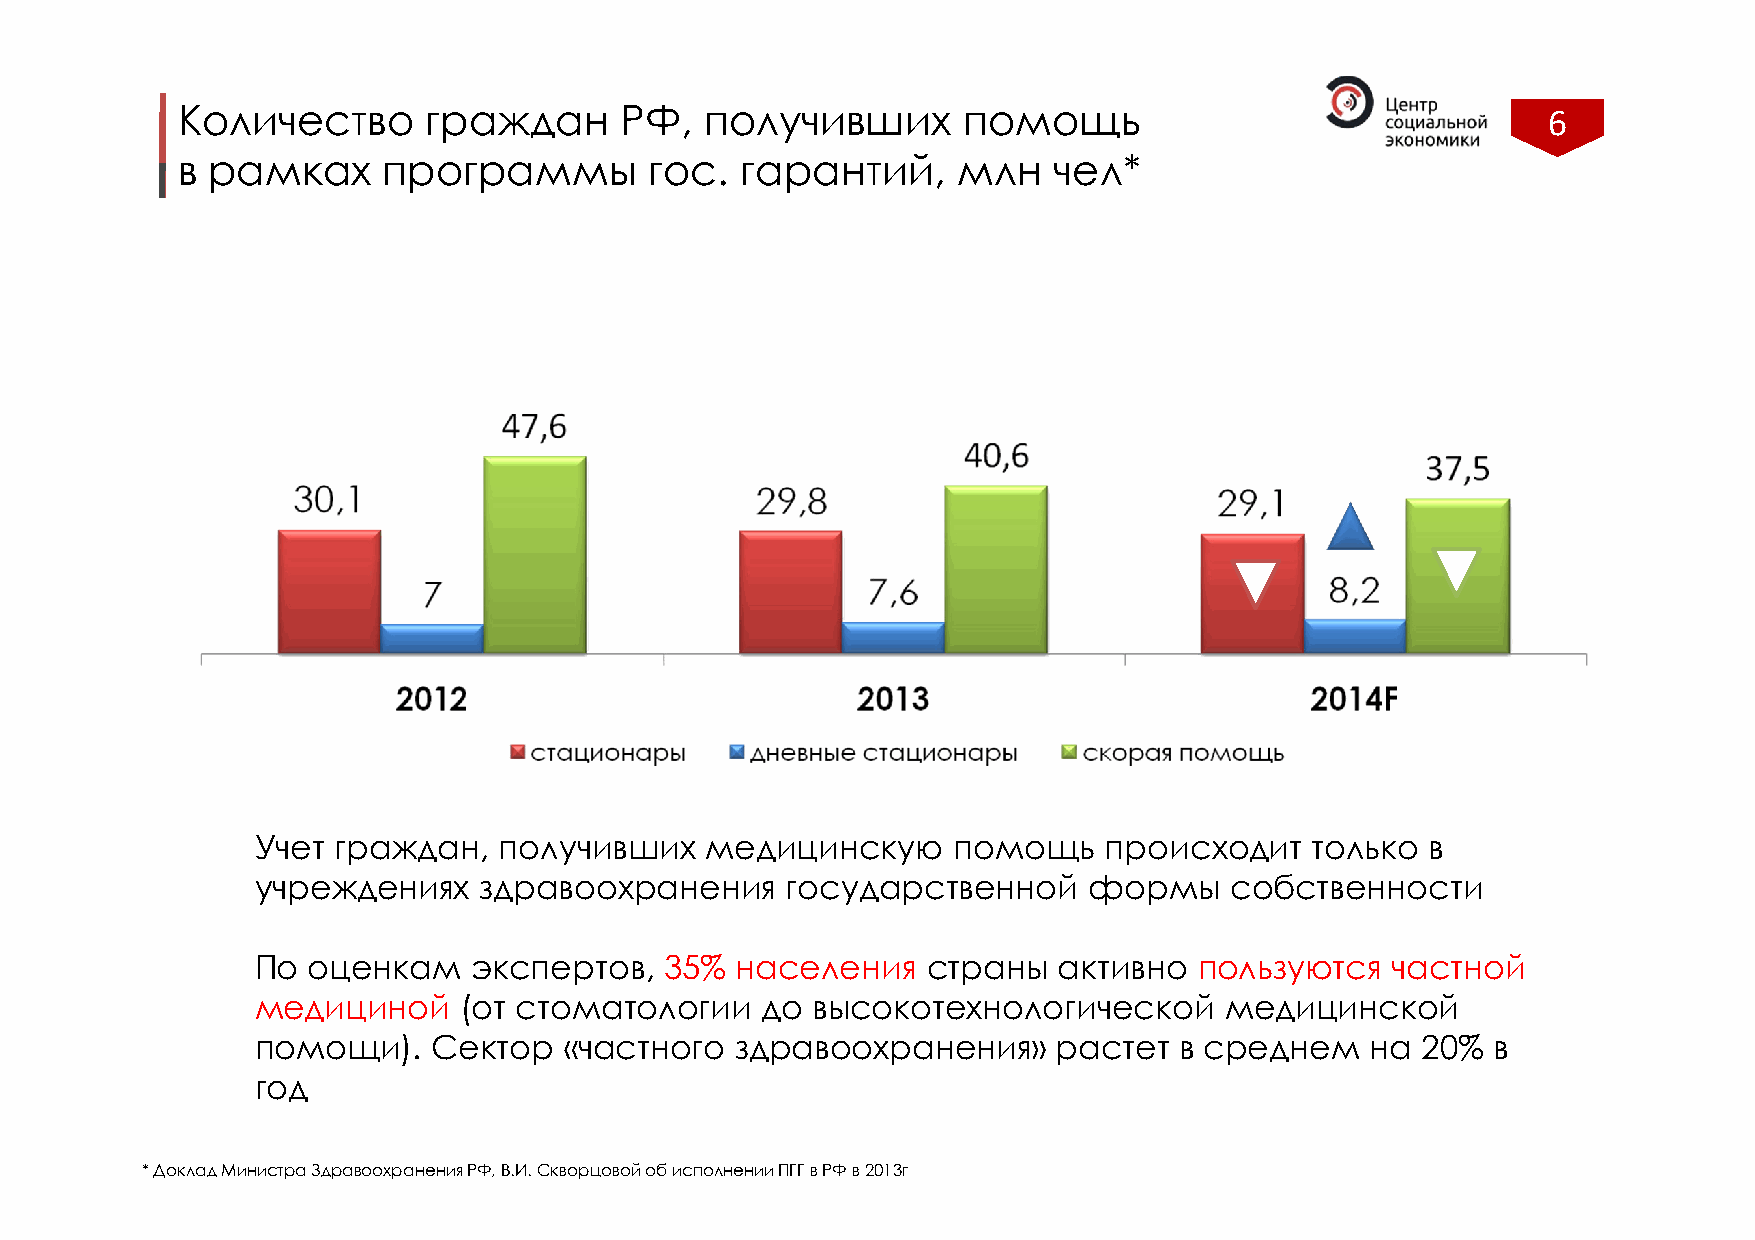
Количество      граждан      РФ,   получивших       помощь                                6
 в рамках     программы         гос.  гарантий,     млн    чел*
 Учет граждан,   получивших    медицинскую     помощь    происходит    только  в
 учреждениях    здравоохранения     государственной     формы    собственности
 По оценкам    экспертов,   35%  населения   страны   активно  пользуются   частной
 медициной    (от стоматологии    до  высокотехнологической      медицинской
 помощи).    Сектор  «частного   здравоохранения»     растет  в среднем    на 20%  в
 год
 * Доклад Министра Здравоохранения РФ, В.И. Скворцовой об исполнении ПГГ в РФ в 2013г